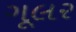
ગૂલર